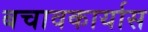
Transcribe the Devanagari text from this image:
बचावकार्यास